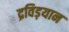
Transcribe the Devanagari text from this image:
द्रविड़यान